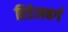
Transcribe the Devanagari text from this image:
हिडेलबर्ग